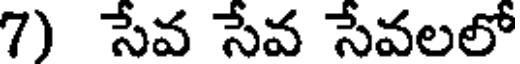
7) సేవ సేవ సేవలలో